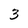
Character: 3